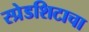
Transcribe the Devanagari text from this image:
स्प्रेडशिटाचा